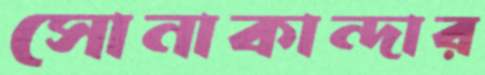
সোনাকান্দার